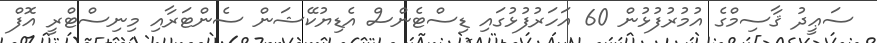
ސަޢީދު ޤާސިމްގެ އުމުރުފުޅުން 60 އަހަރުފުޅުގައި ޑިސްޓެންސް އެޑިޔުކޭޝަން ސެންޓަރާއި މިނިސްޓްރީ އޮފް